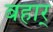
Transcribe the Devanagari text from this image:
बहार्